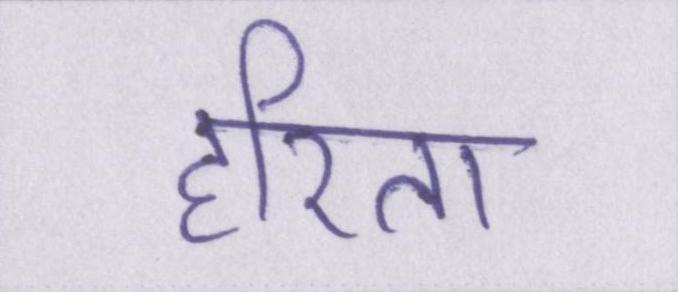
हरिता